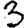
Digit: 3